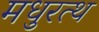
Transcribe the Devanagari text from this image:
मधुरत्थ